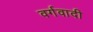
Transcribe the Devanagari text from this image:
वर्गवादी